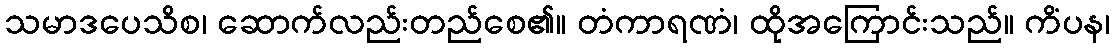
သမာဒပေသိစ၊ ဆောက်လည်းတည်စေ၏။ တံကာရဏံ၊ ထိုအကြောင်းသည်။ ကိံပန၊